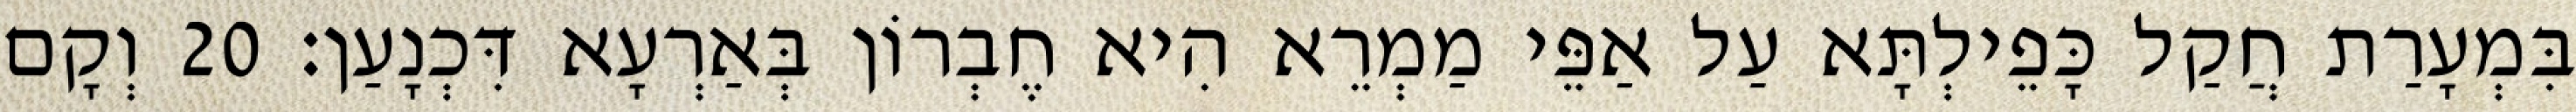
בִּמְעָרַת חֲקַל כָּפֵילְתָּא עַל אַפֵּי מַמְרֵא הִיא חֶבְרוֹן בְּאַרְעָא דִּכְנָעַן׃ 20 וְקָם